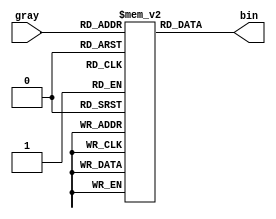
//                              -*- Mode: Verilog -*-
// Description     : Gray to Binary converter
// Last Modified By: Christophe Clienti
// Update Count    : 0
// Status          : Unknown, Use with caution!
// Copyright (C) 2013-2016 Christophe Clienti - All Rights Reserved

`timescale 1 ns / 100 ps

module gray2bin
  #(parameter WIDTH = 4)

   (input wire [WIDTH-1:0]  gray,
    output wire [WIDTH-1:0] bin);

   localparam lut_length = 2**WIDTH;

   reg [WIDTH-1:0] lut_array [lut_length-1:0];

   reg [WIDTH-1:0] bin_temp;
   reg [WIDTH-1:0] gray_temp;

   integer i;

   initial begin
      for(i=0 ; i<lut_length ; i=i+1) begin
         bin_temp              = i[WIDTH-1:0];
         gray_temp             = (bin_temp >> 1) ^ bin_temp;
         lut_array[gray_temp]  = bin_temp;
      end
   end

   assign bin = lut_array[gray];

endmodule